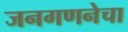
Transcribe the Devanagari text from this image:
जनगणनेचा